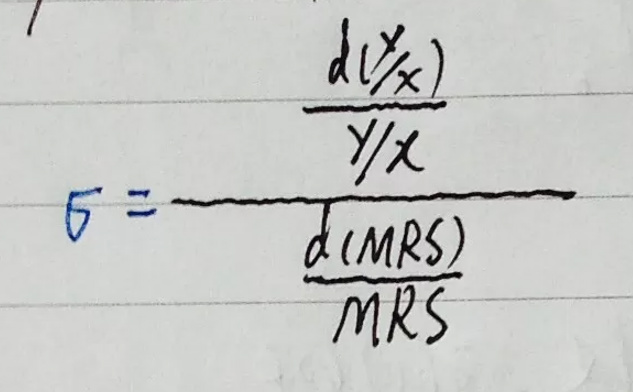
\[
\epsilon = \frac{\frac{d(y/x)}{y/x}}{\frac{d(MRS)}{MRS}}
\]